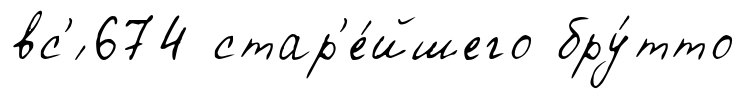
вс'́ 674 стар'е́йшего бру́тто